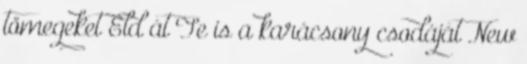
tömegeket Éld át Te is a karácsony csodáját New